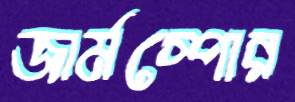
জার্মস্পোর